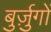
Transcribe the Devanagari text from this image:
बुर्ज़ुगों